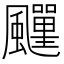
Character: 𩙎